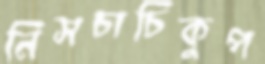
নিসচাচিকুপ